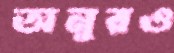
অনুরও